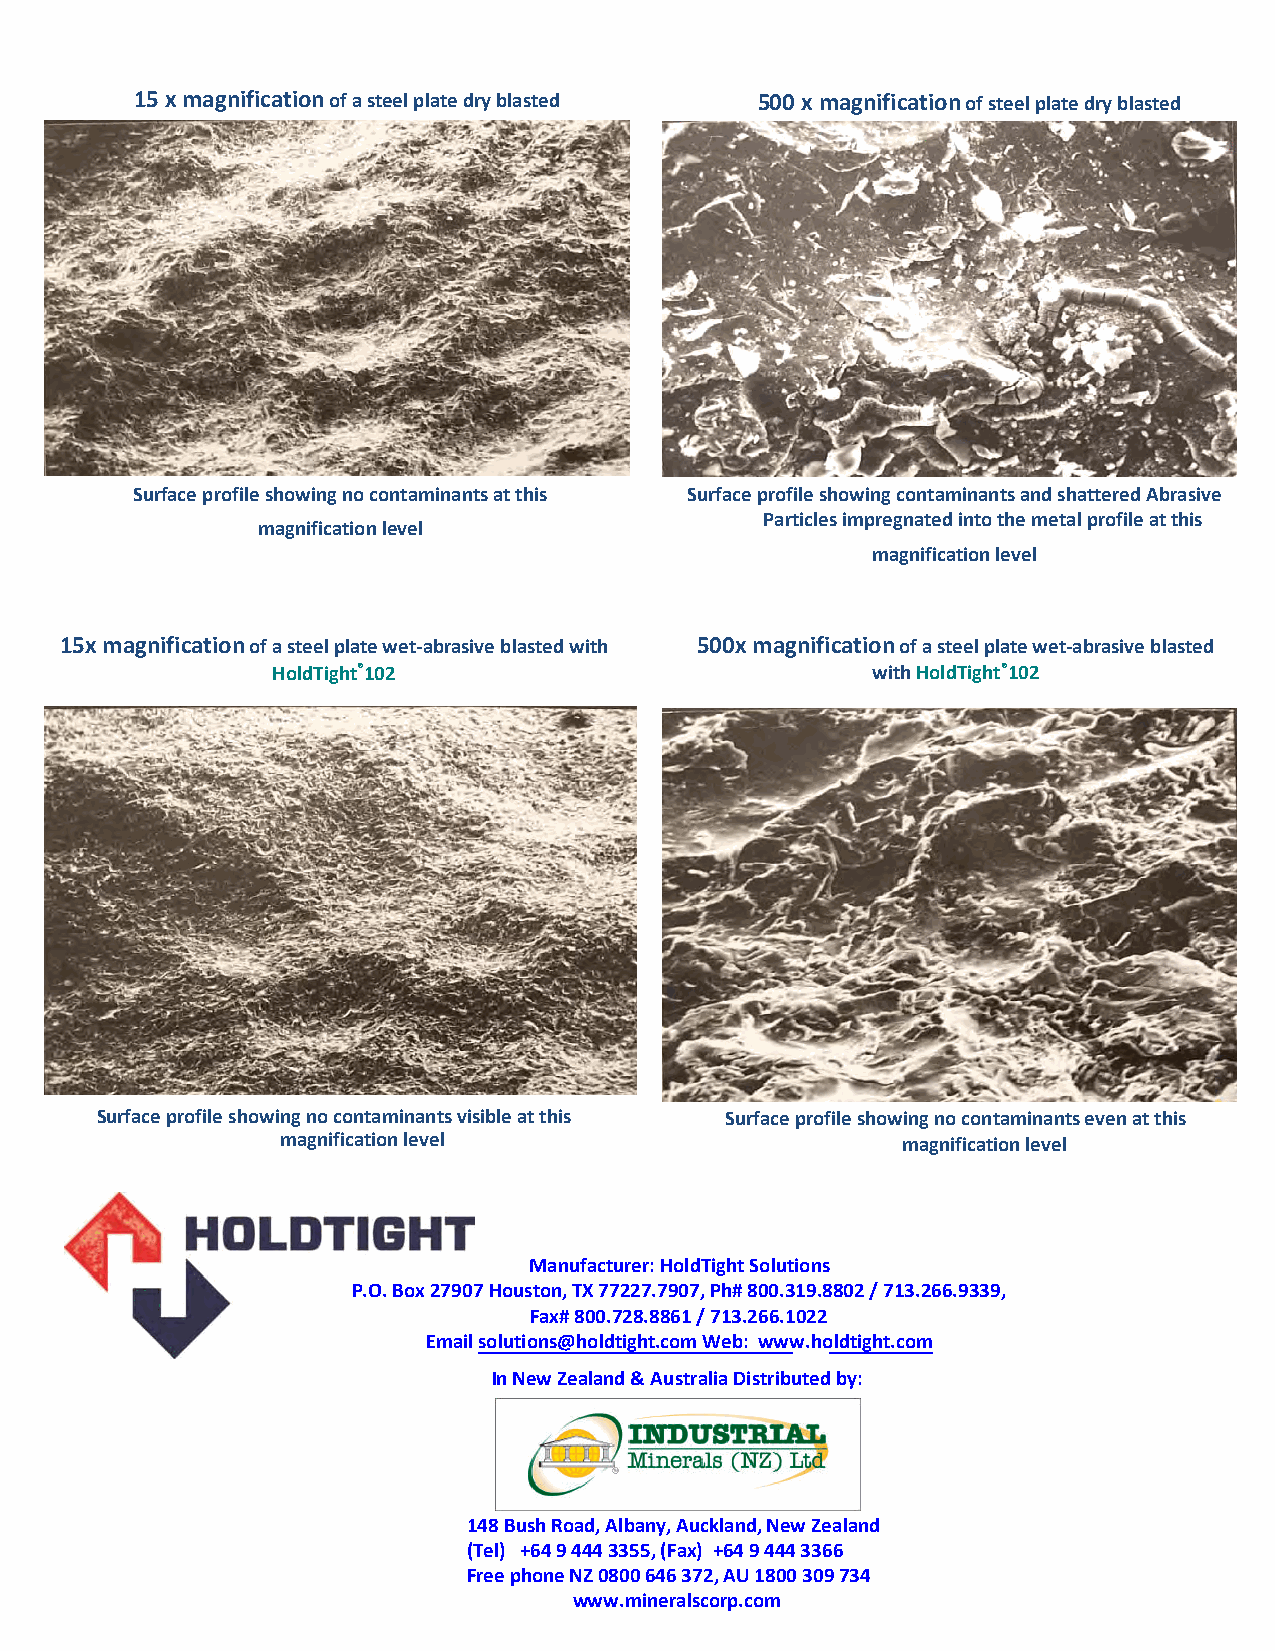
15 x magnification of a steel plate dry blasted 500 x magnification of steel plate dry blasted
 Surface profile showing no contaminants at this Surface profile showing contaminants and shattered Abrasive
 Particles impregnated into the metal profile at this
 magnification level
 magnification level
 15x magnification of a steel plate wet‐abrasive blasted with 500x magnification of a steel plate wet‐abrasive blasted
 HoldTight®102                           with HoldTight®102
 Surface profile showing no contaminants visible at this Surface profile showing no contaminants even at this
 magnification level                      magnification level
 Manufacturer: HoldTight Solutions
 P.O. Box 27907 Houston, TX 77227.7907, Ph# 800.319.8802 / 713.266.9339,
 Fax# 800.728.8861 / 713.266.1022
 Email solutions@holdtight.com Web: www.holdtight.com
 In New Zealand & Australia Distributed by:
 148 Bush Road, Albany, Auckland, New Zealand
 (Tel) +64 9 444 3355, (Fax) +64 9 444 3366
 Free phone NZ 0800 646 372, AU 1800 309 734
 www.mineralscorp.com